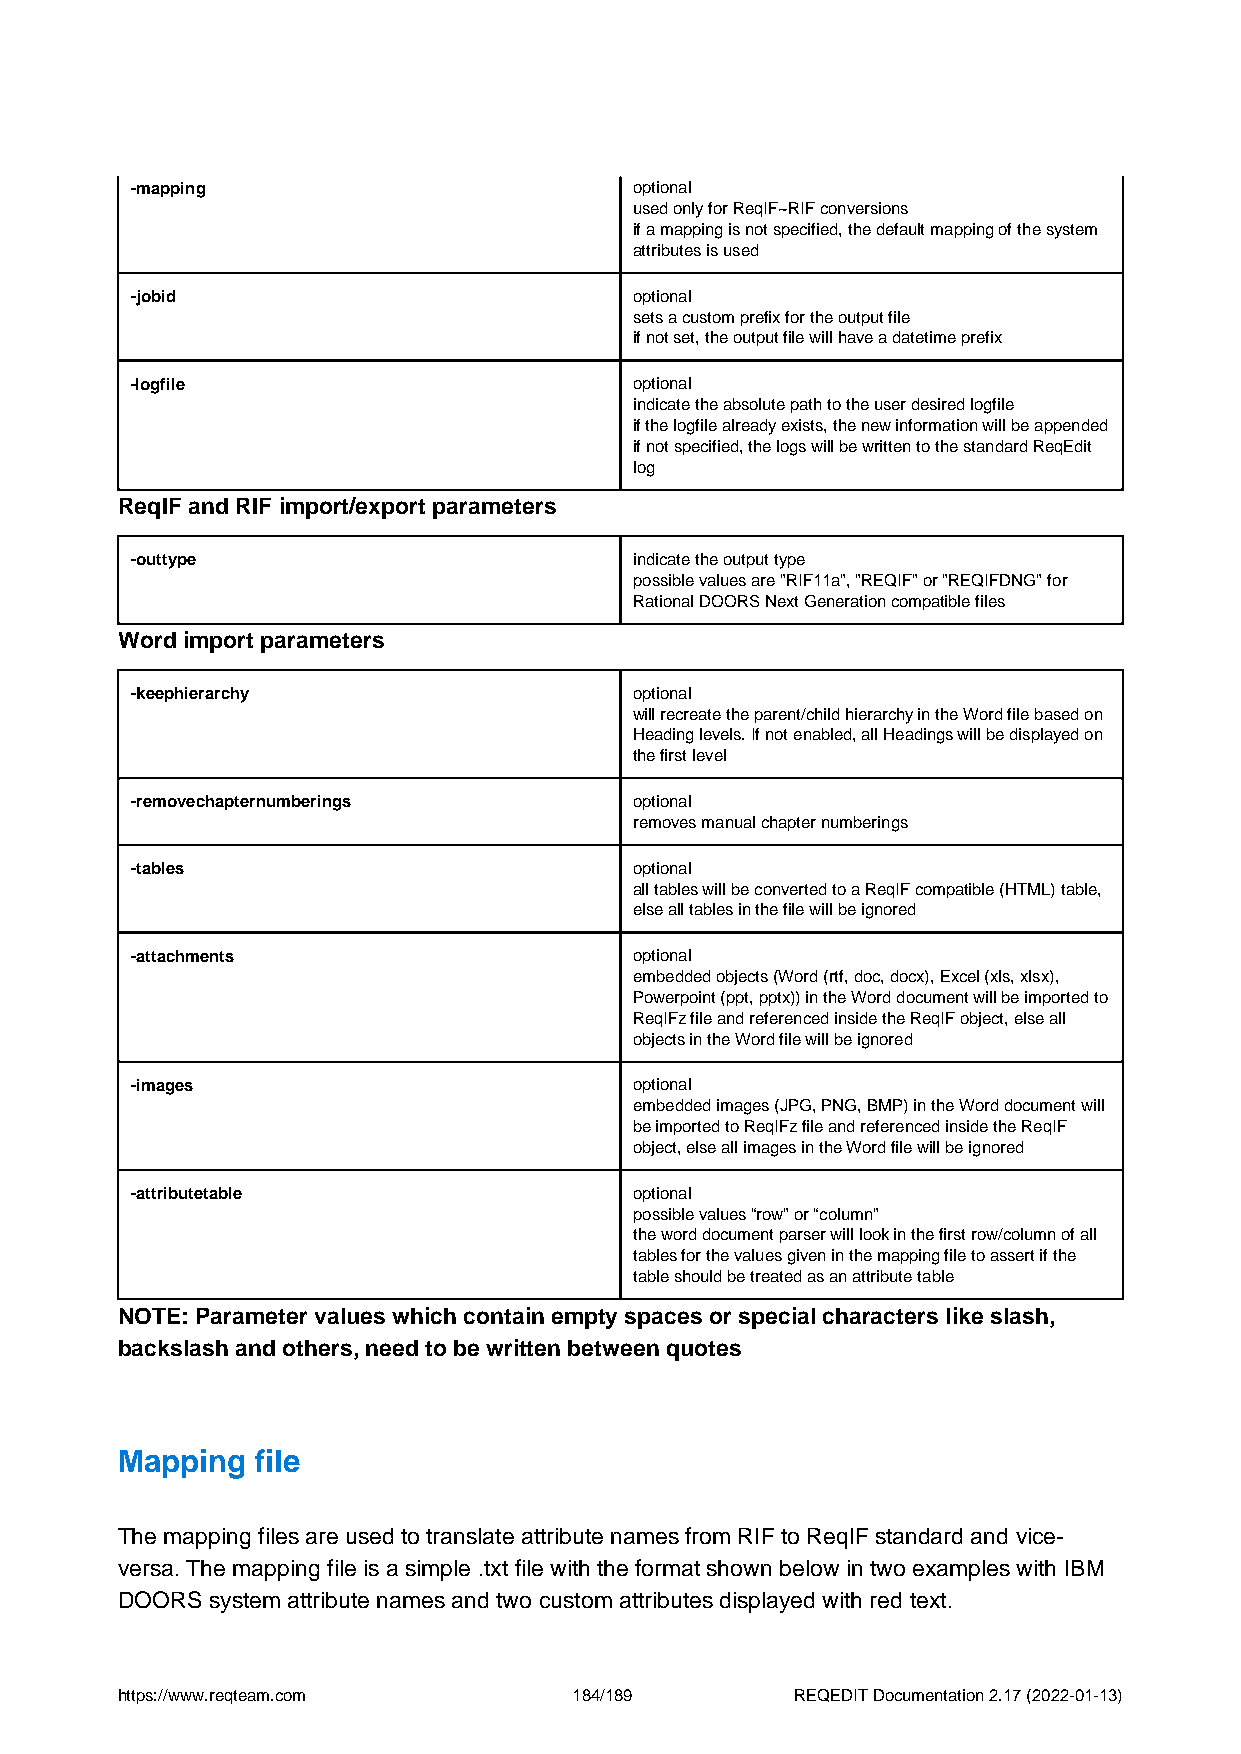
-mapping                         optional
 used only for ReqIF~RIF conversions
 if a mapping is not specified, the default mapping of the system
 attributes is used
 -jobid                           optional
 sets a custom prefix for the output file
 if not set, the output file will have a datetime prefix
 -logfile                         optional
 indicate the absolute path to the user desired logfile
 if the logfile already exists, the new information will be appended
 if not specified, the logs will be written to the standard ReqEdit
 log
 ReqIF and RIF import/export parameters
 -outtype                         indicate the output type
 possible values are "RIF11a", "REQIF" or "REQIFDNG" for
 Rational DOORS Next Generation compatible files
 Word import parameters
 -keephierarchy                   optional
 will recreate the parent/child hierarchy in the Word file based on
 Heading levels. If not enabled, all Headings will be displayed on
 the first level
 -removechapternumberings         optional
 removes manual chapter numberings
 -tables                          optional
 all tables will be converted to a ReqIF compatible (HTML) table,
 else all tables in the file will be ignored
 -attachments                     optional
 embedded objects (Word (rtf, doc, docx), Excel (xls, xlsx),
 Powerpoint (ppt, pptx)) in the Word document will be imported to
 ReqIFz file and referenced inside the ReqIF object, else all
 objects in the Word file will be ignored
 -images                          optional
 embedded images (JPG, PNG, BMP) in the Word document will
 be imported to ReqIFz file and referenced inside the ReqIF
 object, else all images in the Word file will be ignored
 -attributetable                  optional
 possible values “row” or “column”
 the word document parser will look in the first row/column of all
 tables for the values given in the mapping file to assert if the
 table should be treated as an attribute table
 NOTE: Parameter values which contain empty spaces or special characters like slash,
 backslash and others, need to be written between quotes
 Mapping  file
 The mapping files are used to translate attribute names from RIF to ReqIF standard and vice-
 versa. The mapping file is a simple .txt file with the format shown below in two examples with IBM
 DOORS system attribute names and two custom attributes displayed with red text.
 https://www.reqteam.com       184/189        REQEDIT Documentation 2.17 (2022-01-13)